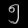
Digit: ၅